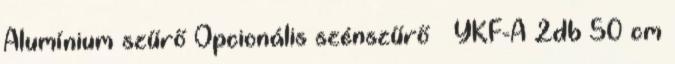
Alumínium szűrő Opcionális szénszűrő YKF-A 2db 50 cm